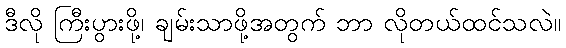
ဒီလို ကြီးပွားဖို့၊ ချမ်းသာဖို့အတွက် ဘာ လိုတယ်ထင်သလဲ။